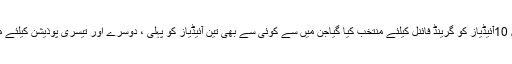
سیمی فائنل میں 10آئیڈیاز کو گرینڈ فائنل کیلئے منتخب کیا گیاجن میں سے کوئی سے بھی تین آئیڈیاز کو پہلی ، دوسرے اور تیسری پوذیشن کیلئے منتخب کرنا تھا۔